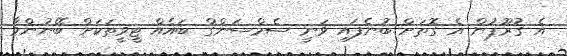
އެ ގުރޫޕުން އެ ގޮތަށް ބުނެފައި ވަނީ ސެމްސަންގް ބައެއް ޓީވީތަކަށް ބޭނުންވާ